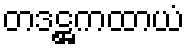
တဒဋ္ဌကထာယံ